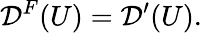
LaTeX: {\mathcal{D}}^{F}(U)={\mathcal{D}}^{\prime}(U).